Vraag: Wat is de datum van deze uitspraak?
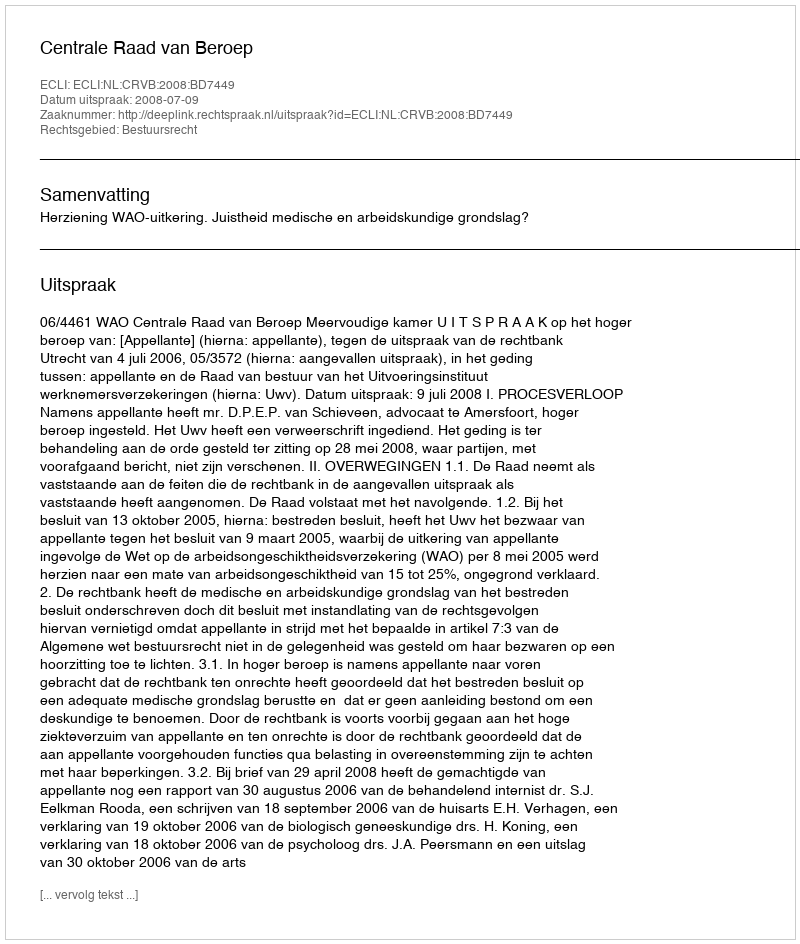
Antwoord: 2008-07-09